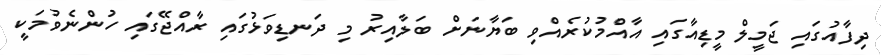
ދިފާއުގައި ޖަމީލް މީޑިއާގައި އާއްމުކުރެއްވި ބަޔާނަށް ބަލާއިރު މި ދަނޑިވަޅުގައި ރާއްޖޭގައި ހުންނެވުމަކީ